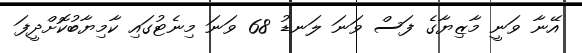
އޭނާ ވަނީ މާޒިޔާގެ ފަސް ވަނަ ލަނޑު 68 ވަނަ މިނެޓުގައި ކާމިޔާބުކޮށްދީފަ